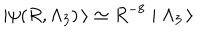
\mid \psi ( R , \Lambda _ { 3 } ) \, \rangle \simeq R ^ { - 8 } \mid \Lambda _ { 3 } \, \rangle